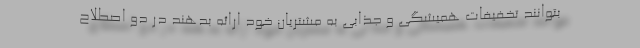
بتوانند تخفیفات همیشگی و جذابی به مشتریان خود ارائه بدهند در دو اصطلاح